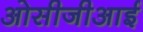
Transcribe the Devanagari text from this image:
ओसीजीआई